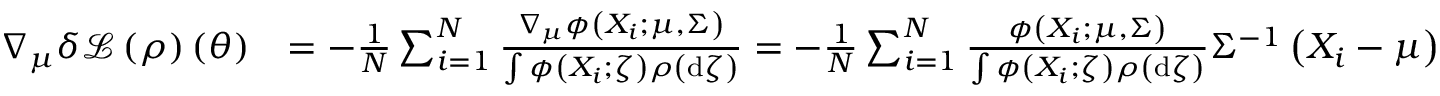
\begin{array} { r l } { \nabla _ { \mu } \delta \mathcal { L } \left( \rho \right) \left( \theta \right) } & { = - \frac { 1 } { N } \sum _ { i = 1 } ^ { N } \frac { \nabla _ { \mu } \phi \left( X _ { i } ; \mu , \Sigma \right) } { \int \phi \left( X _ { i } ; \zeta \right) \rho \left( \mathrm { d } \zeta \right) } = - \frac { 1 } { N } \sum _ { i = 1 } ^ { N } \frac { \phi \left( X _ { i } ; \mu , \Sigma \right) } { \int \phi \left( X _ { i } ; \zeta \right) \rho \left( \mathrm { d } \zeta \right) } \Sigma ^ { - 1 } \left( X _ { i } - \mu \right) } \end{array}